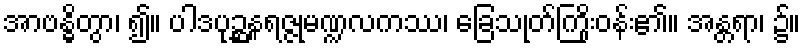
အာဗန္ဓိတွာ၊ ၍။ ပါဒပုဉ္ဆနရဇ္ဇုမဏ္ဍလကဿ၊ ခြေသုတ်ကြိုးဝန်း၏။ အန္တရာ၊ ၌။